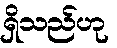
ရှိသည်ဟု